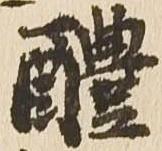
醴